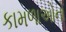
કામળાઓનો